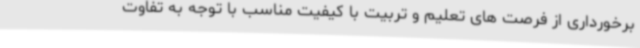
برخورداری از فرصت های تعلیم و تربیت با کیفیت مناسب با توجه به تفاوت